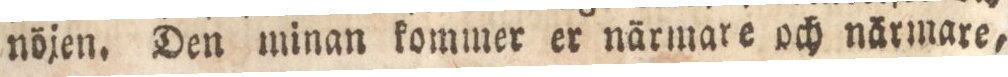
nöjen. Den minan kommer er närmare och närmare,